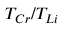
T _ { C r } / T _ { L i }